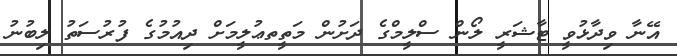
އޭނާ ވިދާޅުވީ ޓާޝަރީ ލޯން ސްލީމްގެ ދަށުން މަތީތޢުލީމަށް ދިއުމުގެ ފުރުސަތު ލިބުނު